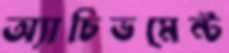
অ্যাচিভমেন্ট